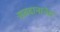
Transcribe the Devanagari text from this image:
मतदानानेच